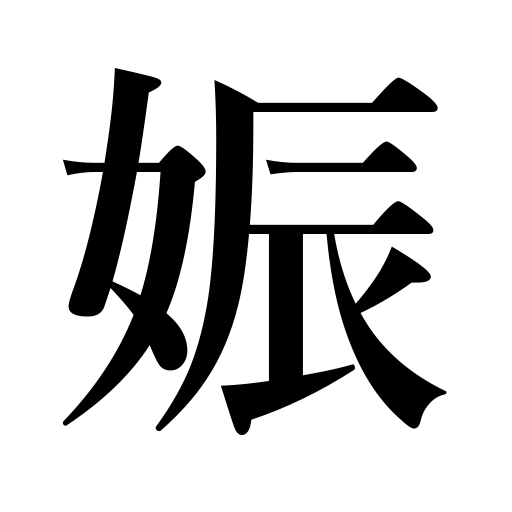
Meanings: pregnancy